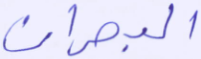
البحران